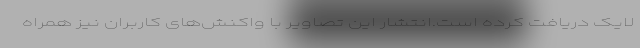
لایک دریافت کرده است.انتشار این تصاویر با واکنش‌های کاربران نیز همراه